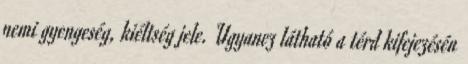
nemi gyengeség, kiéltség jele. Ugyanez látható a térd kifejezésén